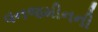
વનજમીનની